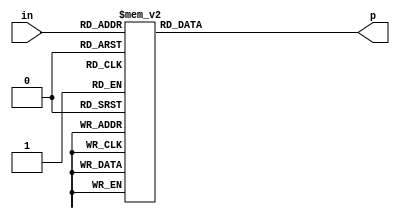
module prime(in,p);
input [3:0]in;
output reg p;

always@(*)begin
   case (in)
     0  : p=0;
     1   : p = 1;
     2   : p= 1;
     3   : p = 1;
     4   : p = 0;
     5   : p = 1;
     6   : p= 0;
     7   : p = 1;
     8   : p=0;
     9   : p = 0;
     10   : p = 0;
     11  : p = 1;
     12   : p = 0;
     13  : p = 1;
     14   : p = 0; 
     default : p = 0;
  endcase



end



endmodule